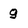
Character: g